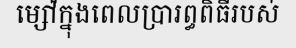
ម្ស៉ៅក្នុងពេលប្រារព្ធពិធីរបស់